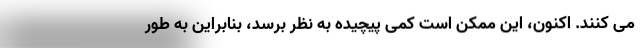
می کنند. اکنون، این ممکن است کمی پیچیده به نظر برسد، بنابراین به طور